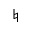
\natural